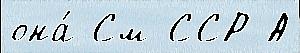
она́ См ССР А